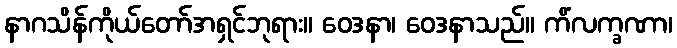
နာဂသိန်ကိုယ်တော်အရှင်ဘုရား။ ဝေဒနာ၊ ဝေဒနာသည်။ ကိံလက္ခဏာ၊